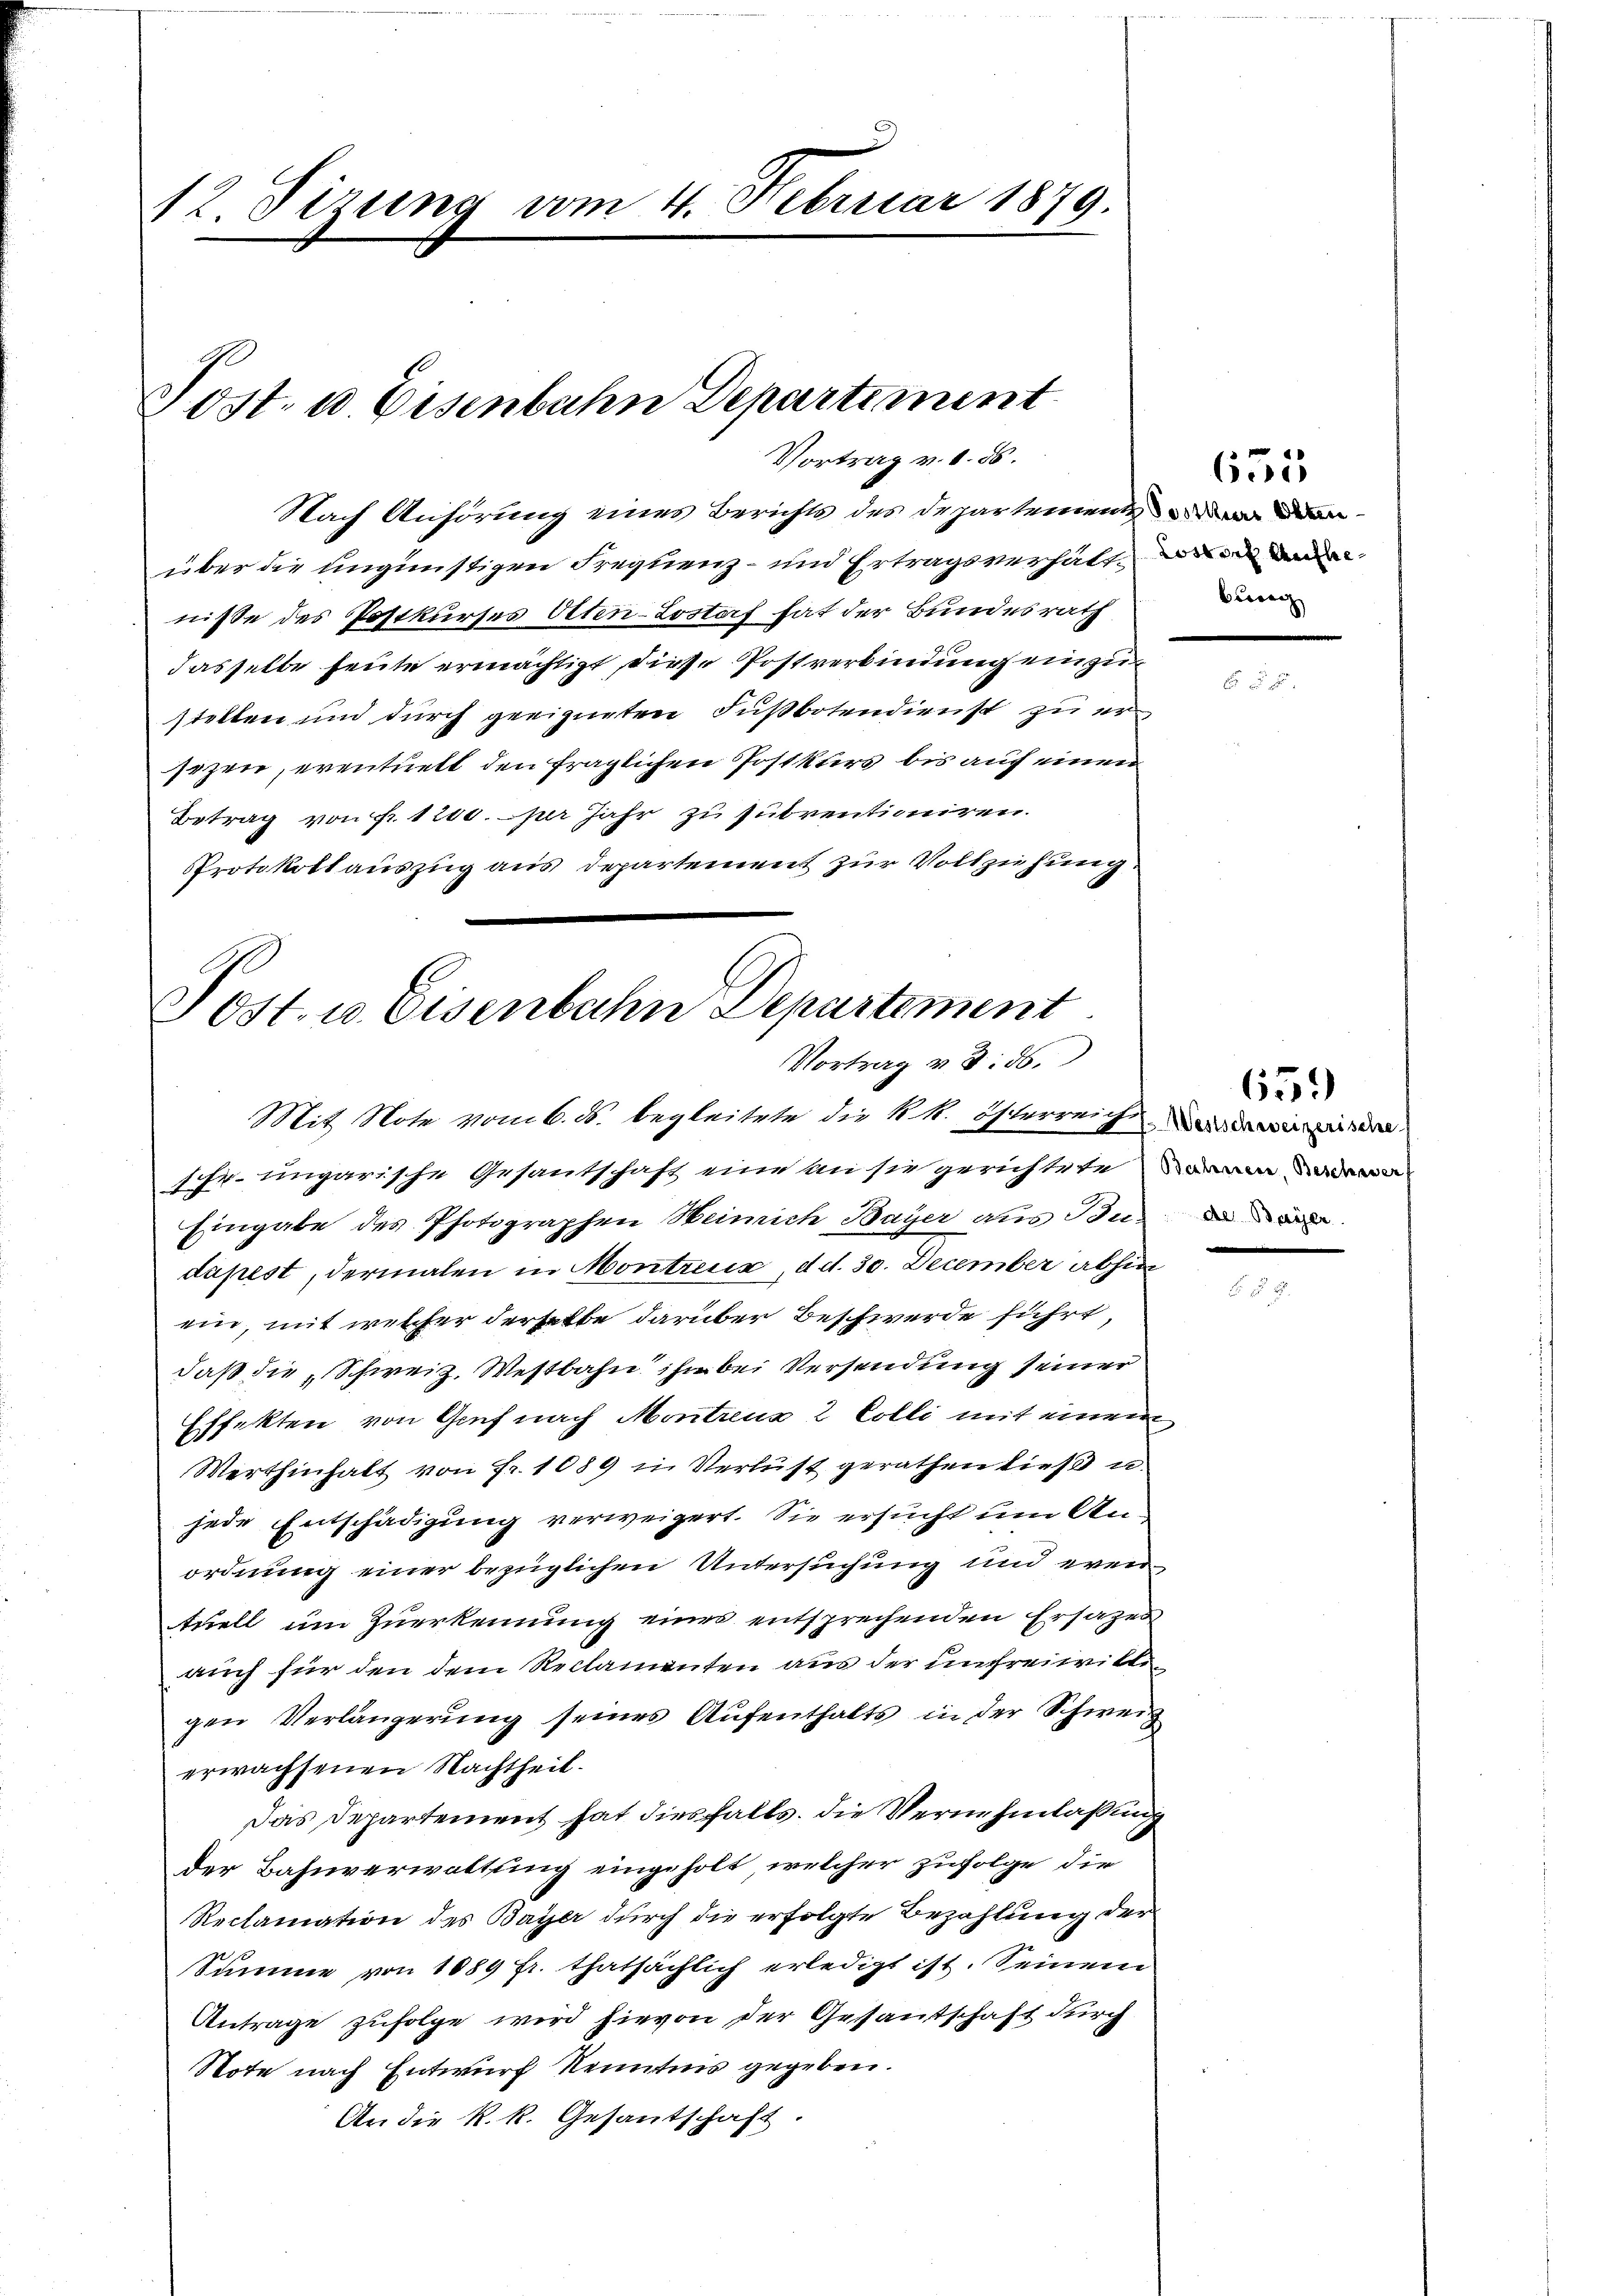
12. Sizung vom 4. Februar 1879.

Post- u. Eisenbahn Departiment
Vortrag v. 1. 55.

Nach Anhörung eines Berichts des Departemente de dan
über die ungünstigen Frequenz - und Ertragsverhält
nisse des Postkurses Aten-Lostof hat der Bundesrath
dasselbe heute ermächtigt, diese Postverbindung einzustellen und durch geeigneten Fußbotendienst zu ersezen, eventuelt den fraglichen Postkurs bis auf einen
Betrag von fr. 1200. per Jahr zu subventioniren.
Protokollauszug aus Departement zur Vollziehung.

Post. u. Eisenbahn Departement
Vortrag v. 8. 56.
Mit Note vom 6. ds. begleitete die k. k. Osterreich der dieser

schr. ungarische Gesantschaft eine an sie gerichtete an da
Eingabe des Photographen Heimich Bayer aus Bund
dapest, dermalen in Montreux, d. d. 30. December abhin
ein, mit welcher derselbe darüber Beschwerde führt,
daß die Schweiz. Westbahn ihn bei Versendung seiner
Effekten von Genf nach Montreuz 2 Colli mit einem
Werthinhalt von Fr. 1089 in Verlust gerathen dieß u.
jede Entschädigung verweigert. Sie ersucht um Anordnung einer bezüglichen Untersuchung und eventuell um Zuerkennung eines entsprechenden Ersatzes
auch für den dem Reclamenten aus der unfreiwilli
gen Verlängerung seines Aufenthalts in der Schweiz
erwachsenen Nachtheil.
Das Departement hat diesfalls, die Vernehmlaßung
der Bahnverwaltung eingeholt, welcher zufolge die
Reclamation des Bayer durch die erfolgte Bezahlung der
Summe von 1889 fr. thatsächlich erledigt ist. Seinem
Antrage zufolge wird hievon der Gesantschaft durch
Note nach Entwurf Kenntnis gegeben.
An die k. k. Gesantschaft.

Berec

651

659